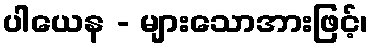
ပါယေန - များသောအားဖြင့်၊